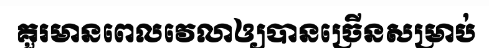
គួរមានពេលវេលាឲ្យបានច្រើនសម្រាប់